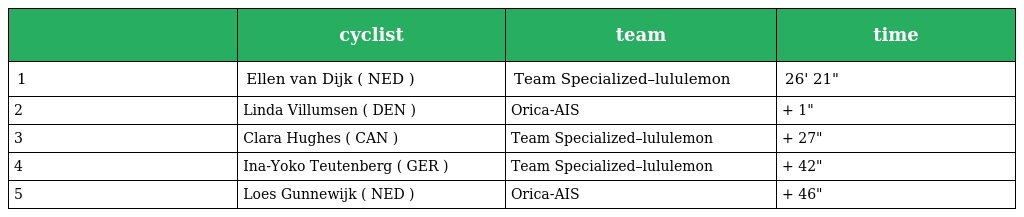
|  | cyclist | team | time |
 | --- | --- | --- | --- |
 | 1 | Ellen van Dijk ( NED ) | Team Specialized–lululemon | 26' 21" |
 | 2 | Linda Villumsen ( DEN ) | Orica-AIS | + 1" |
 | 3 | Clara Hughes ( CAN ) | Team Specialized–lululemon | + 27" |
 | 4 | Ina-Yoko Teutenberg ( GER ) | Team Specialized–lululemon | + 42" |
 | 5 | Loes Gunnewijk ( NED ) | Orica-AIS | + 46" |